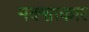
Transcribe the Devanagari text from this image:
नक्शाकार